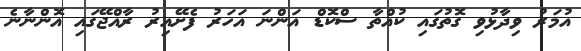
އުމަރު ވިދާޅުވި ގޮތުގައި ކުއްތާ ސްކޮޑް އަންނަ އަހަރު ފެށޭއިރު ރާއްޖޭގައި އޮންނާނެ